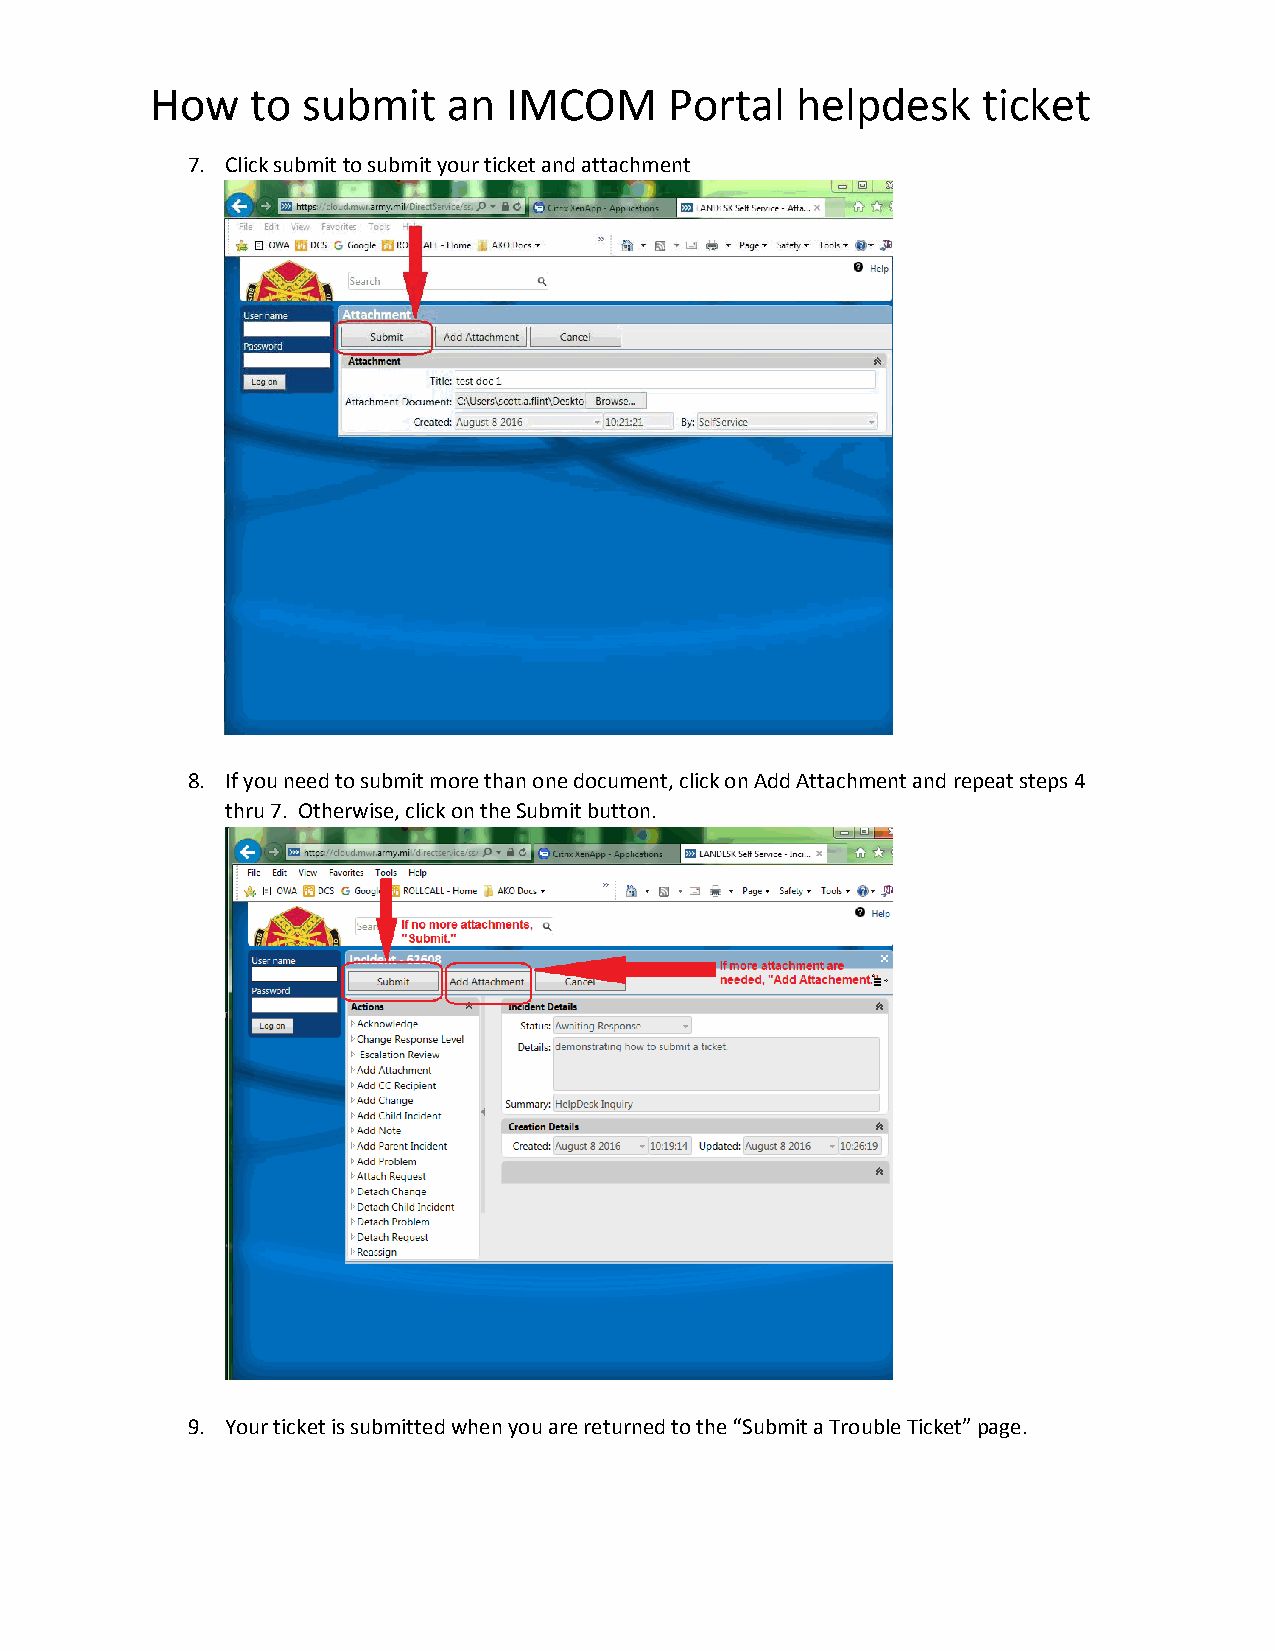
How    to submit    an  IMCOM     Portal   helpdesk    ticket
 7. Click submit to submit your ticket and attachment
 8. If you need to submit more than one document, click on Add Attachment and repeat steps 4
 thru 7. Otherwise, click on the Submit button.
 9. Your ticket is submitted when you are returned to the “Submit a Trouble Ticket” page.